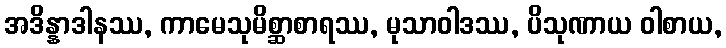
အဒိန္နာဒါနဿ, ကာမေသုမိစ္ဆာစာရဿ, မုသာဝါဒဿ, ပိသုဏာယ ဝါစာယ,